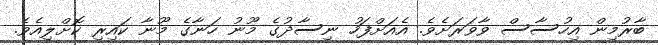
ބާރުމިން އިހުސާސް ވާވަރަށެވެ. އެއަށްފަހު ނިސާދުގެ މޫނު ހަނާގެ މޫނާ ކައިރި ކޮށްލިއެވެ.